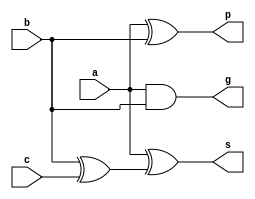
module cla_full_adder(
		input	a,
		input	b,
		input	c,
		output	g,
		output	p,
		output	s);

	assign g = a & b;
	assign p = a ^ b;
	assign s = a ^ (b ^ c);

endmodule